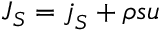
\boldsymbol { J } _ { S } = \boldsymbol { j } _ { S } + \rho s \boldsymbol { u }